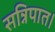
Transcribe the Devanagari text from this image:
सन्निपात।